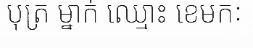
បុត្រ ម្នាក់ ឈ្មោះ ខេមកៈ